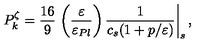
P _ { k } ^ { \zeta } = \frac { 1 6 } { 9 } \left. \left( \frac { \varepsilon } { \varepsilon _ { P l } } \right) { \frac { 1 } { c _ { s } ( 1 + p / \varepsilon ) } } \right| _ { s } ,